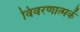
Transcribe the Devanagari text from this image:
विवरणात्मकें